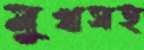
মুখসহ